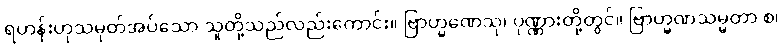
ရဟန်းဟုသမုတ်အပ်သော သူတို့သည်လည်းကောင်း။ ဗြာဟ္မဏေသု၊ ပုဏ္ဏားတို့တွင်။ ဗြာဟ္မဏသမ္မတာ စ၊